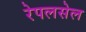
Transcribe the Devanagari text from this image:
रेपलसेल